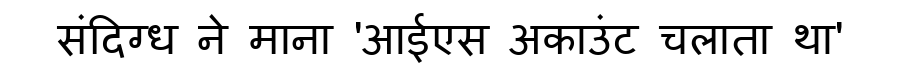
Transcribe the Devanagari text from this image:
संदिग्ध ने माना 'आईएस अकाउंट चलाता था'